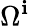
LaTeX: \Omega^{\mathbf{i}}